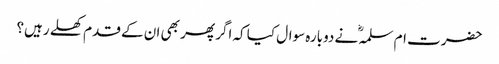
حضرت ام سلمہؓ نے دوبارہ سوال کیا کہ اگر پھر بھی ان کے قدم کھلے رہیں؟